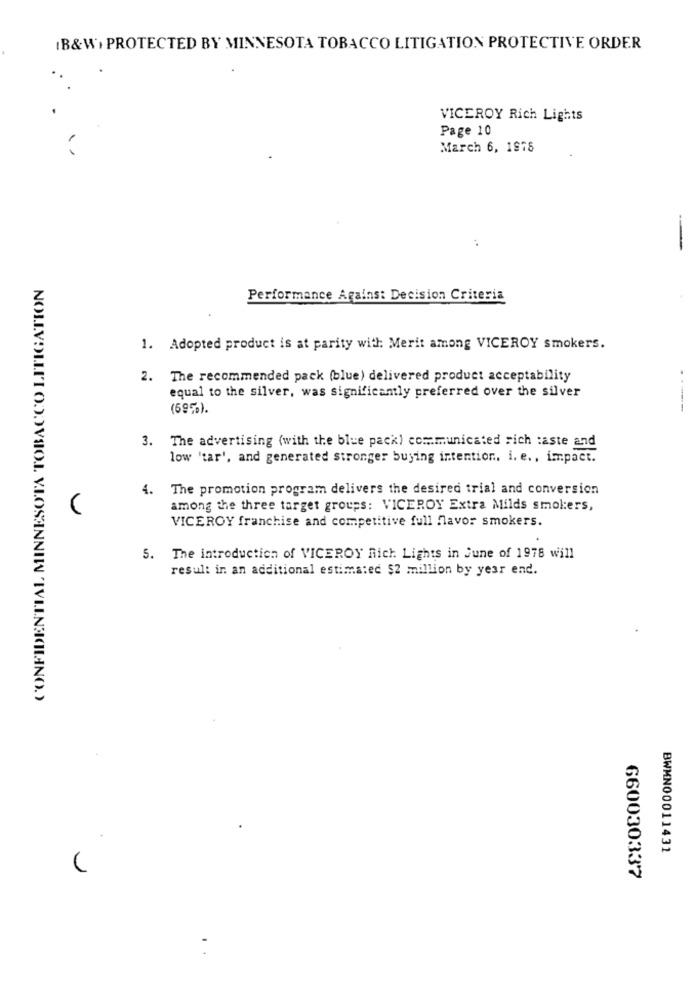
(B&W+ PROTECTED BY MINNESOTA TOBACCO LITIGATION PROTECTIVE ORDER
VICEROY Rich Lights
Page 10
March 6, 1978
--
Performance Against Decision Criteria
1. Adopted product is at parity with: Merit among VICEROY smokers.
2. The recommended pack (blue) delivered product acceptability
equal to the silver, was significantly preferred over the silver
(69%).
3. The advertising (with the blue pack) communicated rich taste and
low 'tar', and generated stronger buying intention. i. e ., impact.
4. The promotion program delivers the desired trial and conversion
among the three target groups: VICEROY Extra Milds smokers,
VICEROY franchise and competitive full flavor smokers.
5. The introduction of VICEROY Rich. Lights in June of 1978 will
result in an additional estimated $2 million by year end.
BWMN00011431
660030337